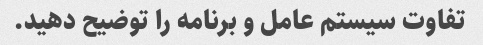
تفاوت سیستم عامل و برنامه را توضیح دهید.